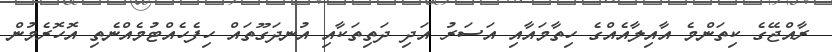
ރާއްޖޭގެ ކިތަންމެ އާއިލާއެއްގެ ހިތާމައާއި އަސަރު އަދި ދަތިތަކާއި އުނދަގޫތައް ހިފެހެއްޓުމެއްނެތި އޮހޮރެމުން